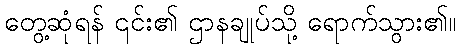
တွေ့ဆုံရန် ၎င်း၏ ဌာနချုပ်သို့ ရောက်သွား၏။